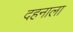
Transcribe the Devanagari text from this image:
दहनाला